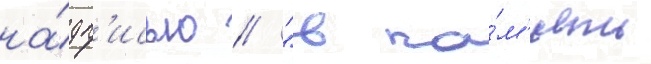
на́дп'исью // "в па́м'ять